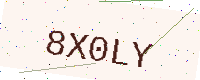
Text: 8X0LY